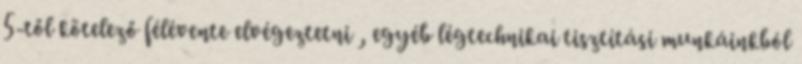
5-től kötelező félévente elvégeztetni , egyéb légtechnikai tisztítási munkáinkból